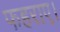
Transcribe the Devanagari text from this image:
फहराए।